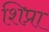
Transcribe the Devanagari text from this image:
शिप्रा